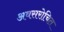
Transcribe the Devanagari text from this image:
अवसरोचित